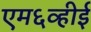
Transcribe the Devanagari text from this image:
एम६व्हीई